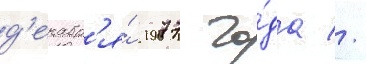
д'екабр'я́ 1977 го́да //